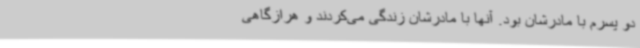
دو پسرم با مادرشان بود. آنها با مادرشان زندگی می‌کردند و هرازگاهی